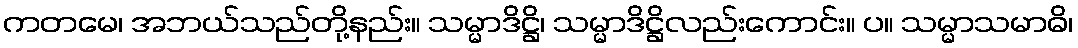
ကတမေ၊ အဘယ်သည်တို့နည်း။ သမ္မာဒိဋ္ဌိ၊ သမ္မာဒိဋ္ဌိလည်းကောင်း။ ပ။ သမ္မာသမာဓိ၊